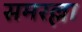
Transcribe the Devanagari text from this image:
समरल्ला